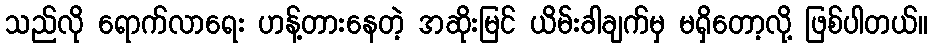
သည်လို ရောက်လာရေး ဟန့်တားနေတဲ့ အဆိုးမြင် ယိမ်းခါချက်မှ မရှိတော့လို့ ဖြစ်ပါတယ်။